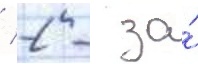
/ 2 - за́